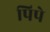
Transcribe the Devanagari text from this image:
पिपे